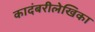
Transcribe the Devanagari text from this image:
कादंबरीलेखिका